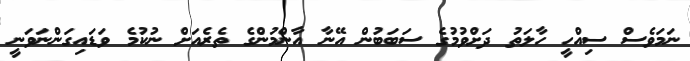
ނަމަވެސް ސިއްހީ ހާލަތު ދަށްވުމުގެ ސަބަބުން އޭނާ އާންމުންގެ ތެރެއަށް ނުކުމެ ވަޑައިގަންނަވަނީ